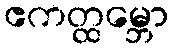
ဧကတ္ထမ္ဘော